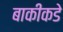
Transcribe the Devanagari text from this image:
बाकीकडे